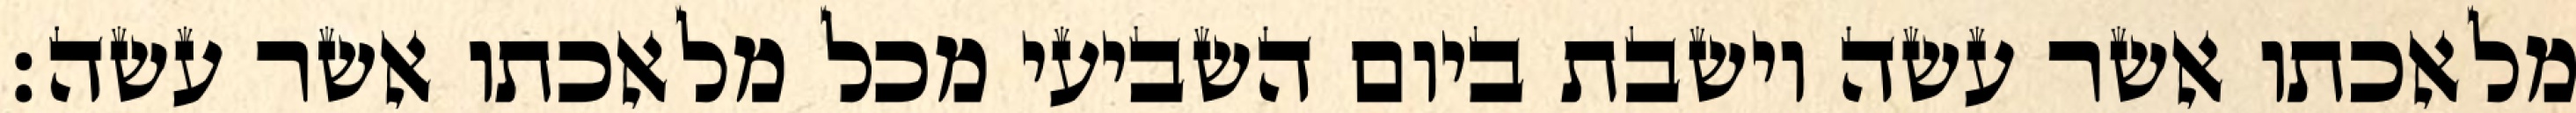
מלאכתו אשר עשה וישבת ביום השביעי מכל מלאכתו אשר עשה׃